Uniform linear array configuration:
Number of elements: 4
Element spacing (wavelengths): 0.75
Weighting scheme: blackman
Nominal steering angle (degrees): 30
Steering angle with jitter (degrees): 30.406
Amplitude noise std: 0.05
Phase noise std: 0.05

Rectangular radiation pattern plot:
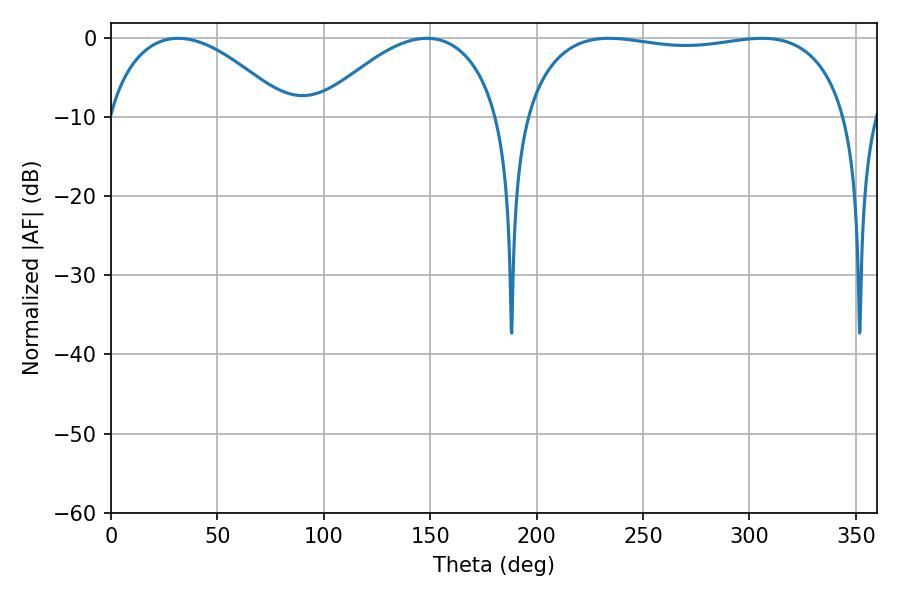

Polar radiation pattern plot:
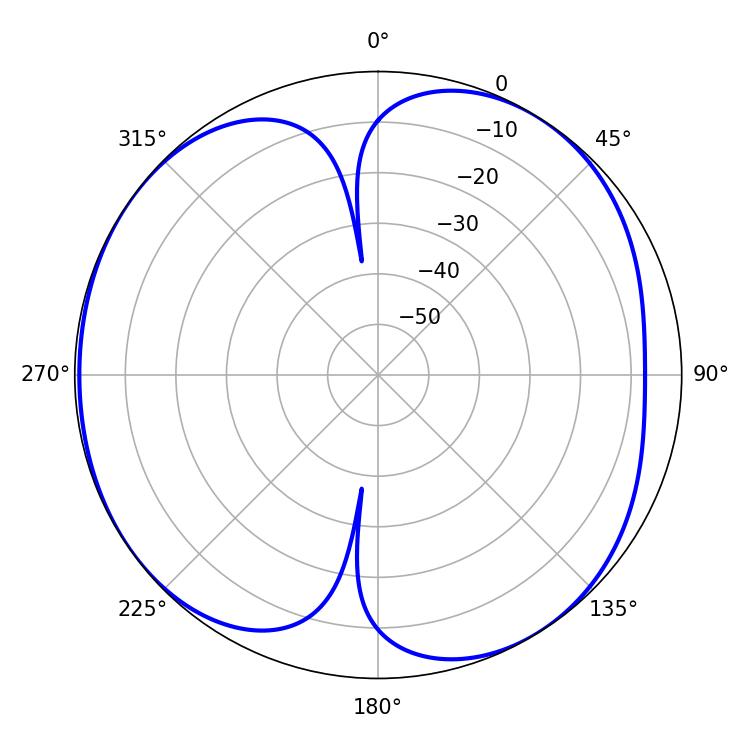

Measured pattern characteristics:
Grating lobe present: TRUE
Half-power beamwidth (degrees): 123.12
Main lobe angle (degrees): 234